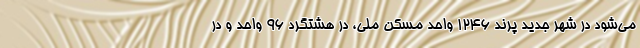
می‌شود در شهر جدید پرند ۱۲۴۶ واحد مسکن ملی، در هشتگرد ۹۶ واحد و در